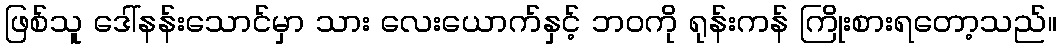
ဖြစ်သူ ဒေါ်နန်းသောင်မှာ သား လေးယောက်နှင့် ဘဝကို ရုန်းကန် ကြိုးစားရတော့သည်။